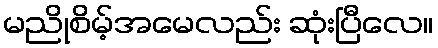
မညိုစိမ့်အမေလည်း ဆုံးပြီလေ။